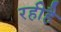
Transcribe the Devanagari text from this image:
रहीहै